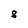
Character: 8